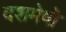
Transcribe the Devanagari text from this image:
दशमेषो